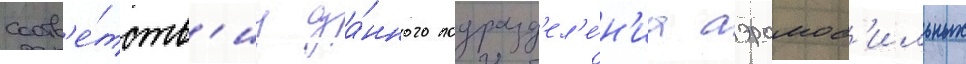
соотв'е́тств'иу да́нного подразд'ел'е́н'иа аэромоб'ильных